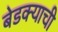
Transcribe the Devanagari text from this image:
बेडक्याची